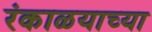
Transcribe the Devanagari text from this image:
रंकाळयाच्या